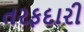
તરફદારી